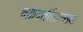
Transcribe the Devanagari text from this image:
चक्रवर्तीसारख्या